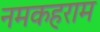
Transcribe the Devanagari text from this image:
नमकहराम